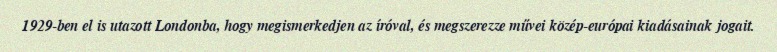
1929-ben el is utazott Londonba, hogy megismerkedjen az íróval, és megszerezze művei közép-európai kiadásainak jogait.